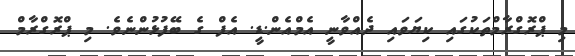
މި ޕްރޮގްރާމްތަކުގައި ކިޔަވައި ދެއްވާނީ އެމްއެން.ޑީ. އެފް ގެ ބޭފުޅުންނެވެ. މި ޕްރޮގްރާމް